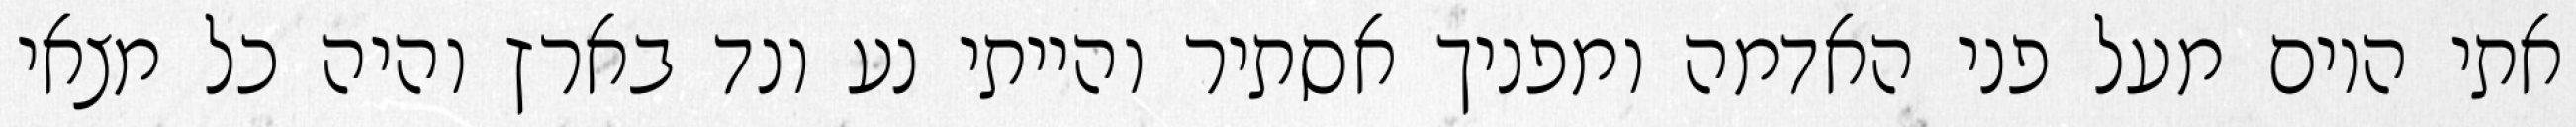
אתי היום מעל פני האדמה ומפניך אסתיר והייתי נע ונד בארץ והיה כל מצאי